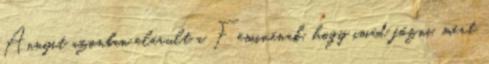
Annyit azonban elárult a Feminának, hogy imád főzni, mert